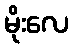
မိုးလေ